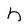
Character: h